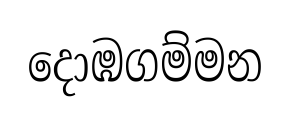
දොඹගම්මන